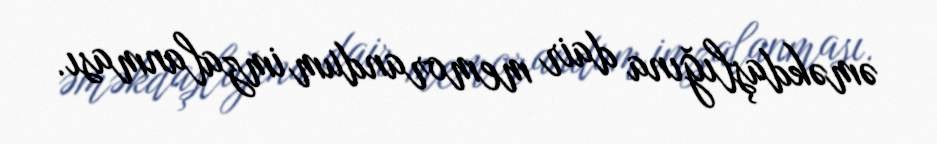
əməkdaşlığına dair memorandum imzalanması.